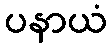
ပနာယံ